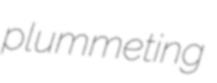
plummeting